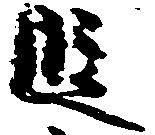
段